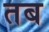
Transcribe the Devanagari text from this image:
तब